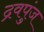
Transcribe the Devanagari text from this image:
द्रवपुंज